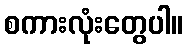
စကားလုံးတွေပါ။